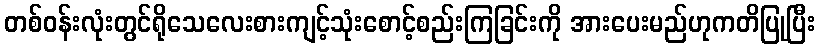
တစ်ဝန်းလုံးတွင်ရိုသေလေးစားကျင့်သုံးစောင့်စည်းကြခြင်းကို အားပေးမည်ဟုကတိပြုပြီး